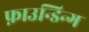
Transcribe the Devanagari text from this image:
फ़ाउन्डिन्ग